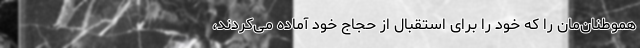
هموطنان‌مان را که خود را برای استقبال از حجاج خود آماده می‌کردند،